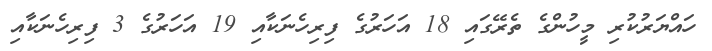
ހައްޔަރުކުރި މީހުންގެ ތެރޭގައި 18 އަހަރުގެ ފިރިހެނަކާއި 19 އަހަރުގެ 3 ފިރިހެނަކާއި